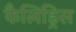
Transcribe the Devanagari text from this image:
कैलिड्रिस